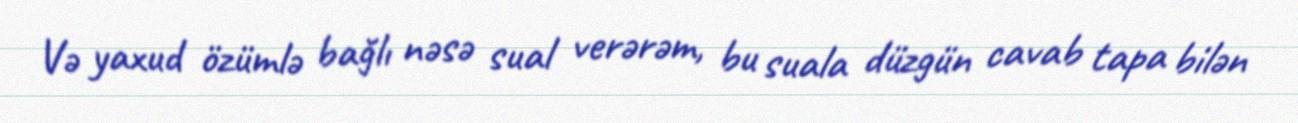
Və yaxud özümlə bağlı nəsə sual verərəm, bu suala düzgün cavab tapa bilən